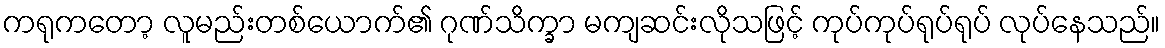
ကရုကတော့ လူမည်းတစ်ယောက်၏ ဂုဏ်သိက္ခာ မကျဆင်းလိုသဖြင့် ကုပ်ကုပ်ရုပ်ရုပ် လုပ်နေသည်။